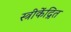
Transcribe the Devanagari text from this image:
स्त्रीकेंद्रित